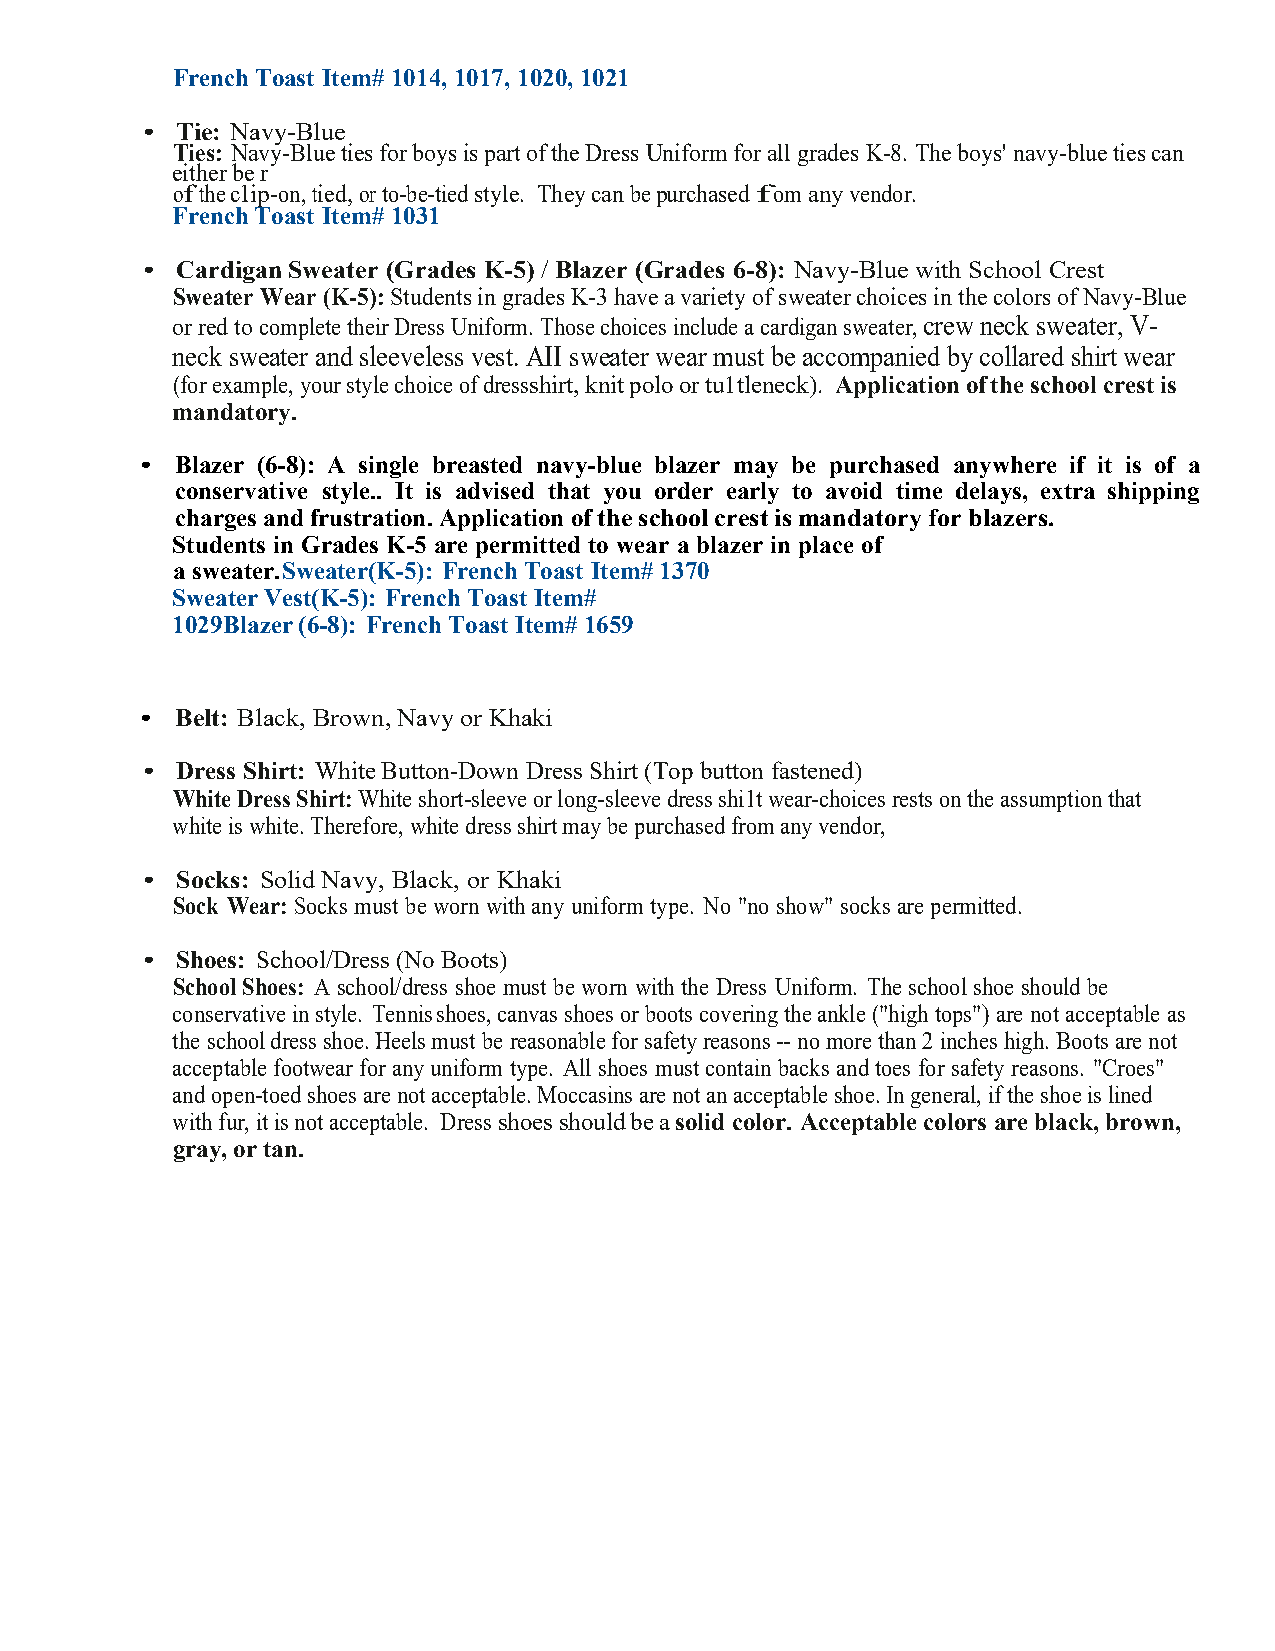
French Toast Item# 1014, 1017, 1020, 1021
 •  Tie: Navy-Blue
 Ties: Navy-Blue ties for boys is part of the Dress Uniform for all grades K-8. The boys' navy-blue ties can
 either be r
 of the clip-on, tied, or to-be-tied style. They can be purchased fom any vendor.
 French Toast Item# 1031
 •  Cardigan Sweater (Grades K-5) / Blazer (Grades 6-8): Navy-Blue with School Crest
 Sweater Wear (K-5): Students in grades K-3 have a variety of sweater choices in the colors of Navy-Blue
 or red to complete their Dress Uniform. Those choices include a cardigan sweater, crew neck sweater, V-
 neck sweater and sleeveless vest. AII sweater wear must be accompanied by collared shirt wear
 (for example, your style choice of dress shirt, knit polo or tu1tleneck). Application of the school crest is
 mandatory.
 •  Blazer (6-8): A single breasted navy-blue blazer may be purchased anywhere if it is of a
 conservative style.. It is advised that you order early to avoid time delays, extra shipping
 charges and frustration. Application of the school crest is mandatory for blazers.
 Students in Grades K-5 are permitted to wear a blazer in place of
 a sweater. Sweater(K-5): French Toast Item# 1370
 Sweater Vest(K-5): French Toast Item#
 1029 Blazer (6-8): French Toast Item# 1659
 •  Belt: Black, Brown, Navy or Khaki
 •  Dress Shirt: White Button-Down Dress Shirt (Top button fastened)
 White Dress Shirt: White short-sleeve or long-sleeve dress shi1t wear-choices rests on the assumption that
 white is white. Therefore, white dress shirt may be purchased from any vendor,
 •  Socks: Solid Navy, Black, or Khaki
 Sock Wear: Socks must be worn with any uniform type. No "no show" socks are permitted.
 •  Shoes: School/Dress (No Boots)
 School Shoes: A school/dress shoe must be worn with the Dress Uniform. The school shoe should be
 conservative in style. Tennis shoes, canvas shoes or boots covering the ankle ("high tops") are not acceptable as
 the school dress shoe. Heels must be reasonable for safety reasons -- no more than 2 inches high. Boots are not
 acceptable footwear for any uniform type. All shoes must contain backs and toes for safety reasons. "Croes"
 and open-toed shoes are not acceptable. Moccasins are not an acceptable shoe. In general, if the shoe is lined
 with fur, it is not acceptable. Dress shoes should be a solid color. Acceptable colors are black, brown,
 gray, or tan.